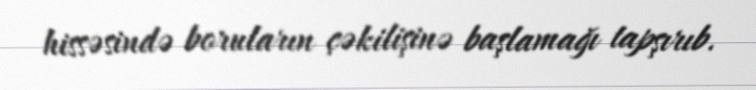
hissəsində boruların çəkilişinə başlamağı tapşırıb.